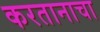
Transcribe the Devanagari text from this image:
करतानाचा